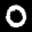
Label: 0